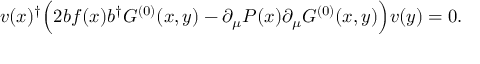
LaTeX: v ( x ) ^ { \dagger } \Bigl ( 2 b f ( x ) b ^ { \dagger } G ^ { ( 0 ) } ( x , y ) - \partial _ { \mu } P ( x ) \partial _ { \mu } G ^ { ( 0 ) } ( x , y ) \Bigr ) v ( y ) = 0 .